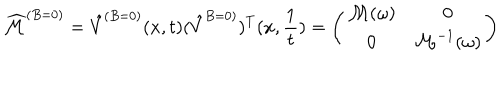
\widehat { { \cal M } } ^ { ( B = 0 ) } = \hat { V } ^ { ( B = 0 ) } ( x , t ) ( \hat { V } ^ { B = 0 ) } ) ^ { T } ( x , { \frac { 1 } { t } } ) = \left( \begin{array} { c c } { { { \cal M } ( \omega ) } } & { { 0 } } \\ { { 0 } } & { { { \cal M } ^ { - 1 } ( \omega ) } } \\ \end{array} \right)